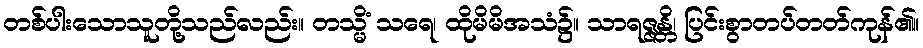
တစ်ပါးသောသူတို့သည်လည်း။ တသ္မိံ သရေ၊ ထိုမိမိအသံ၌။ သာရဇ္ဇန္တိ၊ ပြင်းစွာတပ်တတ်ကုန်၏။